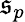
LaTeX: \mathfrak{s}_{p}